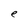
Character: e